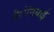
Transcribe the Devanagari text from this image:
बैरोनियाई